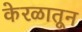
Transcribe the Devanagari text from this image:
केरळातून